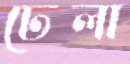
ঢেলা